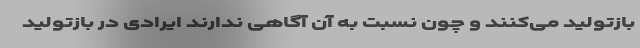
بازتولید می‌کنند و چون نسبت به آن آگاهی ندارند ایرادی در بازتولید